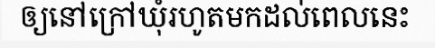
ឲ្យនៅក្រៅឃុំរហូតមកដល់ពេលនេះ